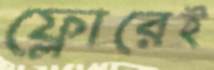
ফ্লোরেই